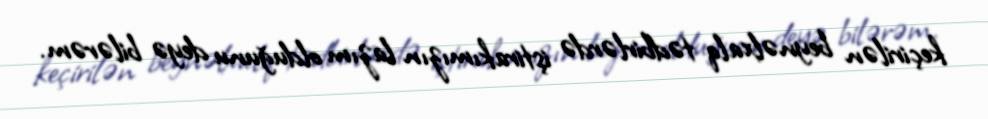
keçirilən beynəlxalq tədbirlərdə iştirakımızın lazım olduğunu deyə bilərəm.